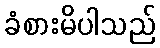
ခံစားမိပါသည်